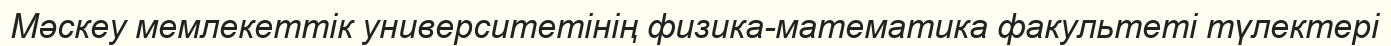
Мәскеу мемлекеттік университетінің физика-математика факультеті түлектері